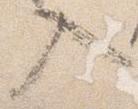
入